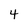
Character: 4